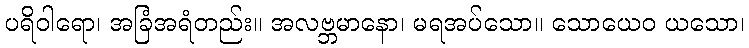
ပရိဝါရော၊ အခြံအရံတည်း။ အလဗ္ဘမာနော၊ မရအပ်သော။ သောယေဝ ယသော၊